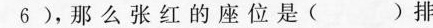
6)，那么张红的座位是( )排